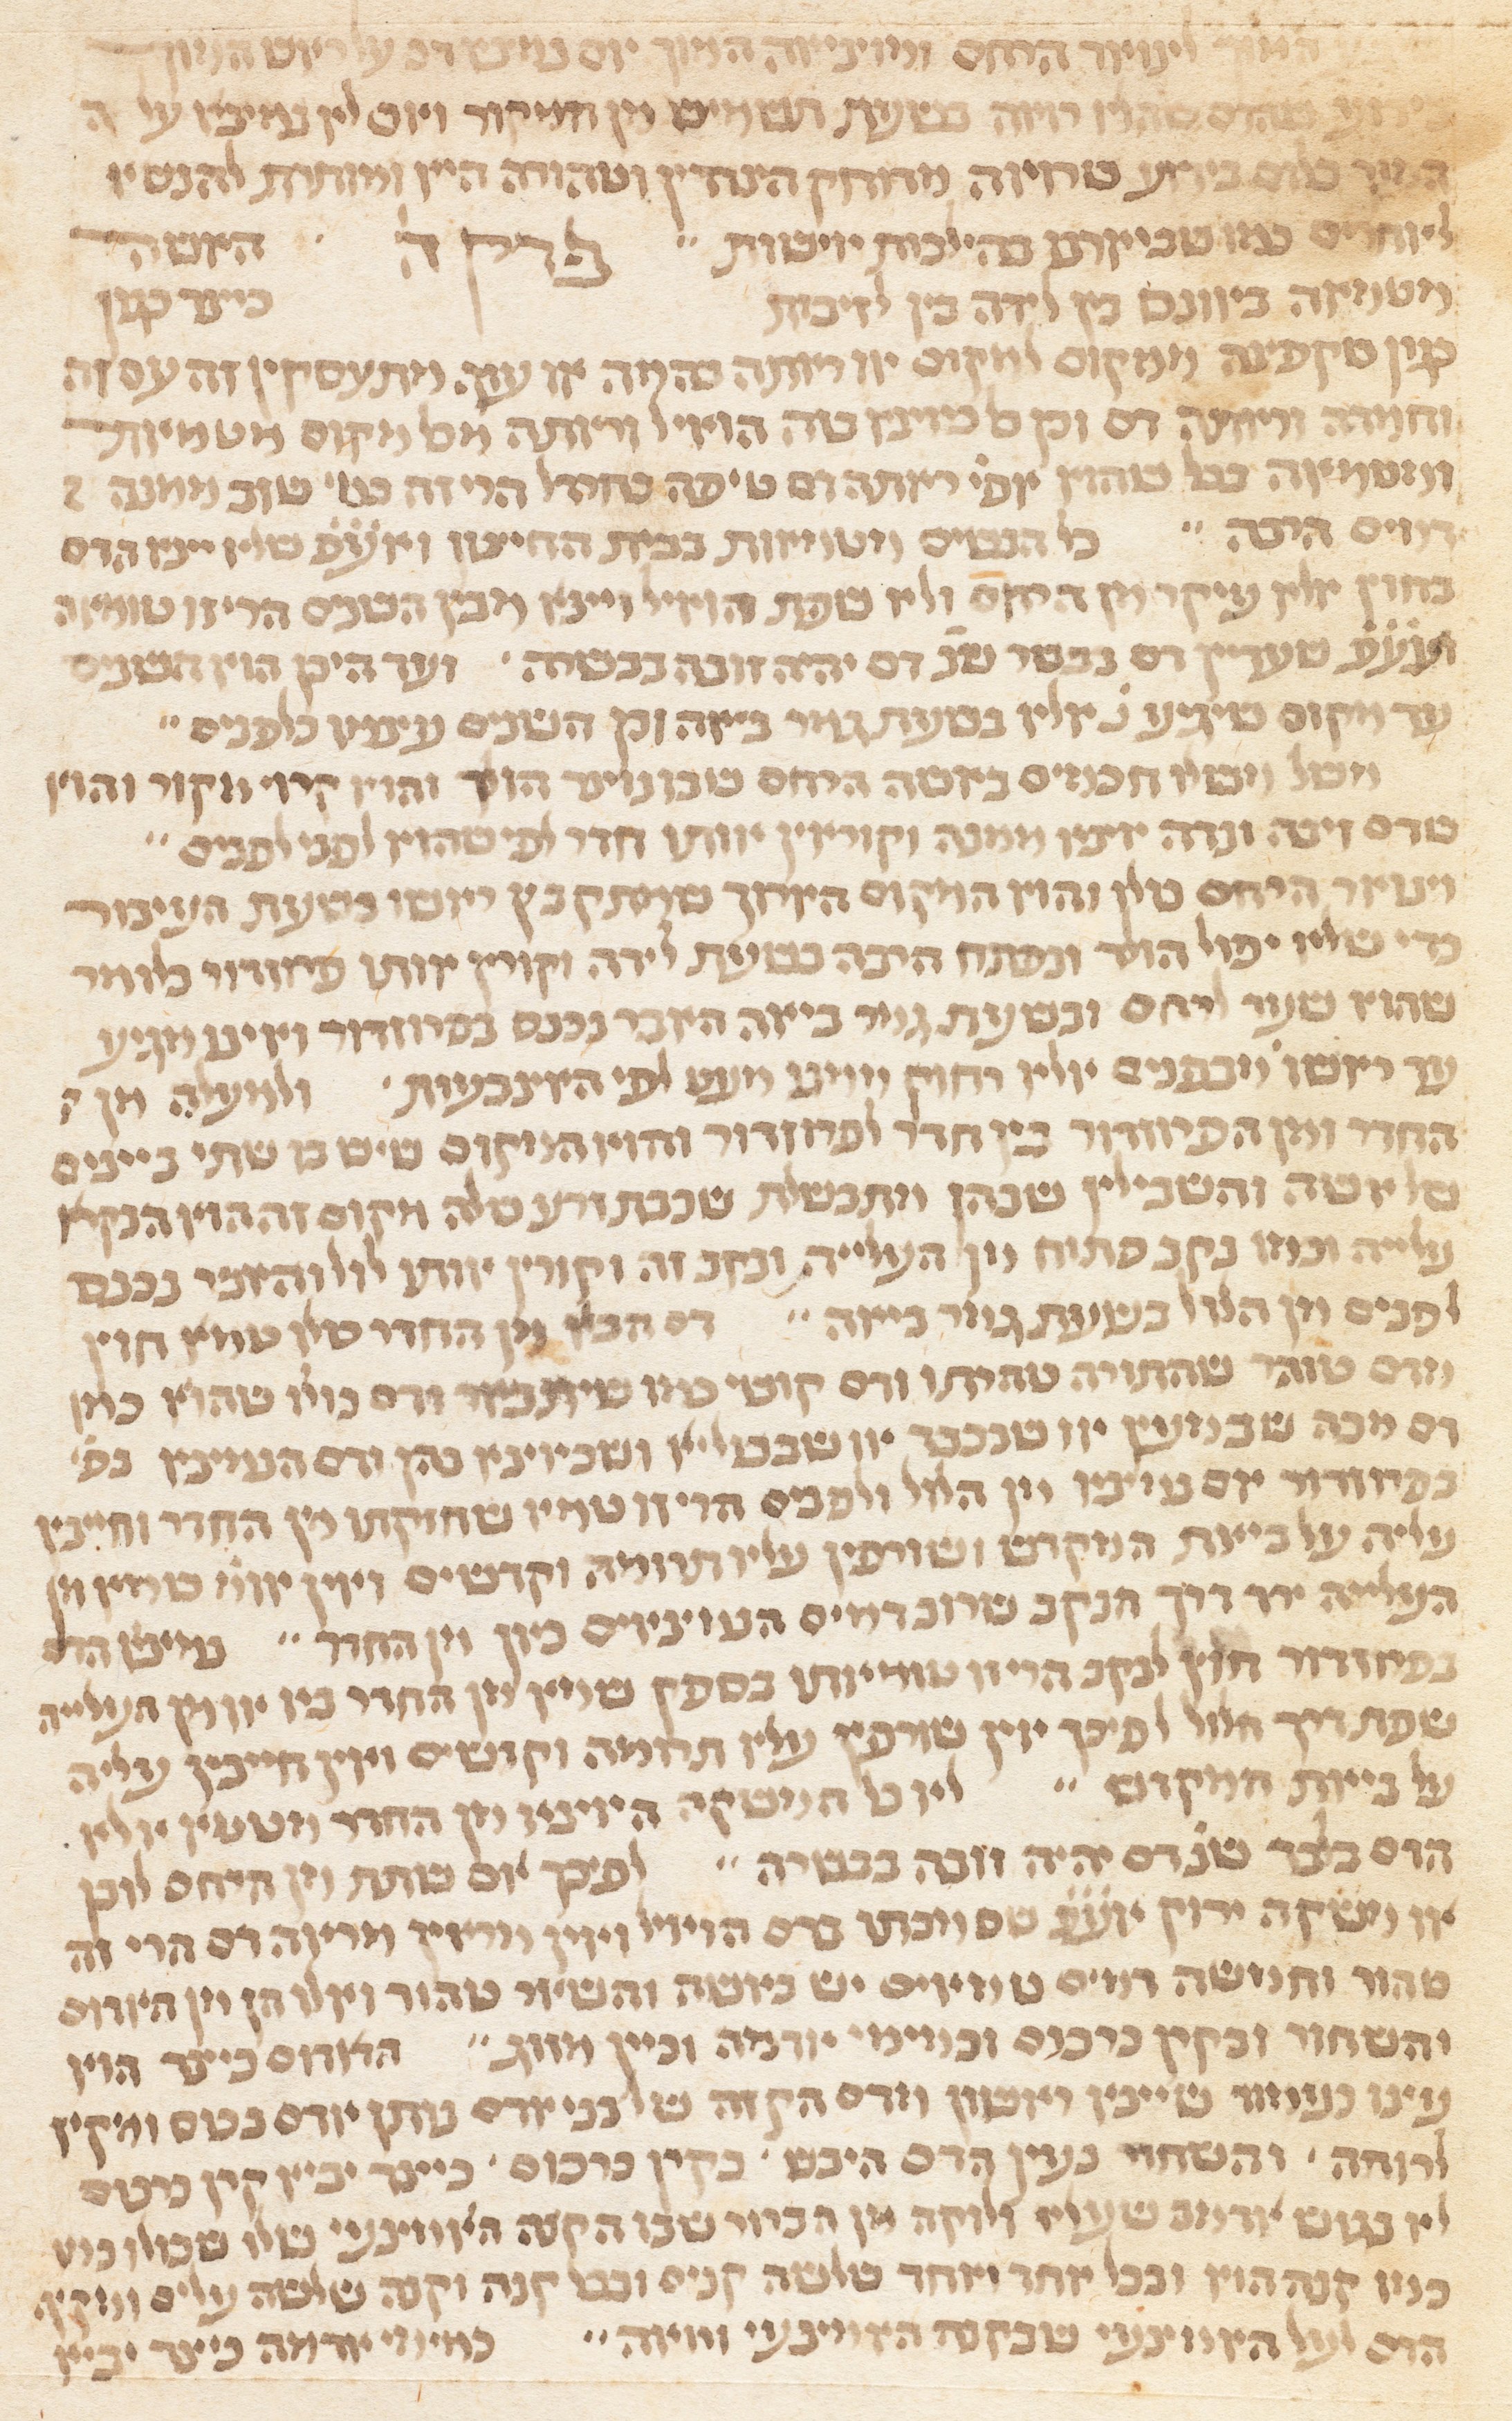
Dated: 1300–1349